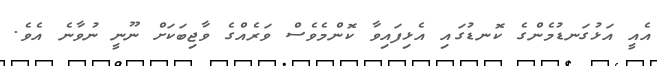
އެއީ އަޅުގަނޑުމެންގެ ކޮނޑުގައި އެޅިފައިވާ ކޮންމެވެސް ވަރެއްގެ ވާޖިބަކަށް ނޫނީ ނުވާނެ އެވެ.